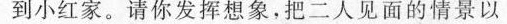
到小红家。请你发挥想象，把二人见面的情景以